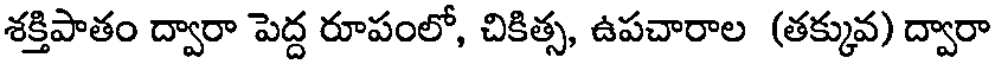
శక్తిపాతం ద్వారా పెద్ద రూపంలో, చికిత్స, ఉపచారాల (తక్కువ) ద్వారా